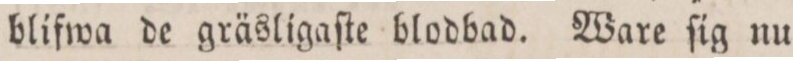
blifwa de gräsligaſte blodbad. Ware ſig nu